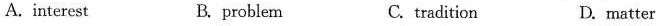
A.interest B. problem C. tradition D. matter